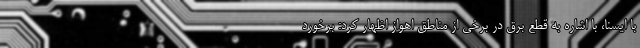
با ایسنا، با اشاره به قطع برق در برخی از مناطق اهواز اظهار کرد: برخورد